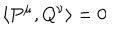
\left\langle P ^ { \mu } , Q ^ { \nu } \right\rangle = 0